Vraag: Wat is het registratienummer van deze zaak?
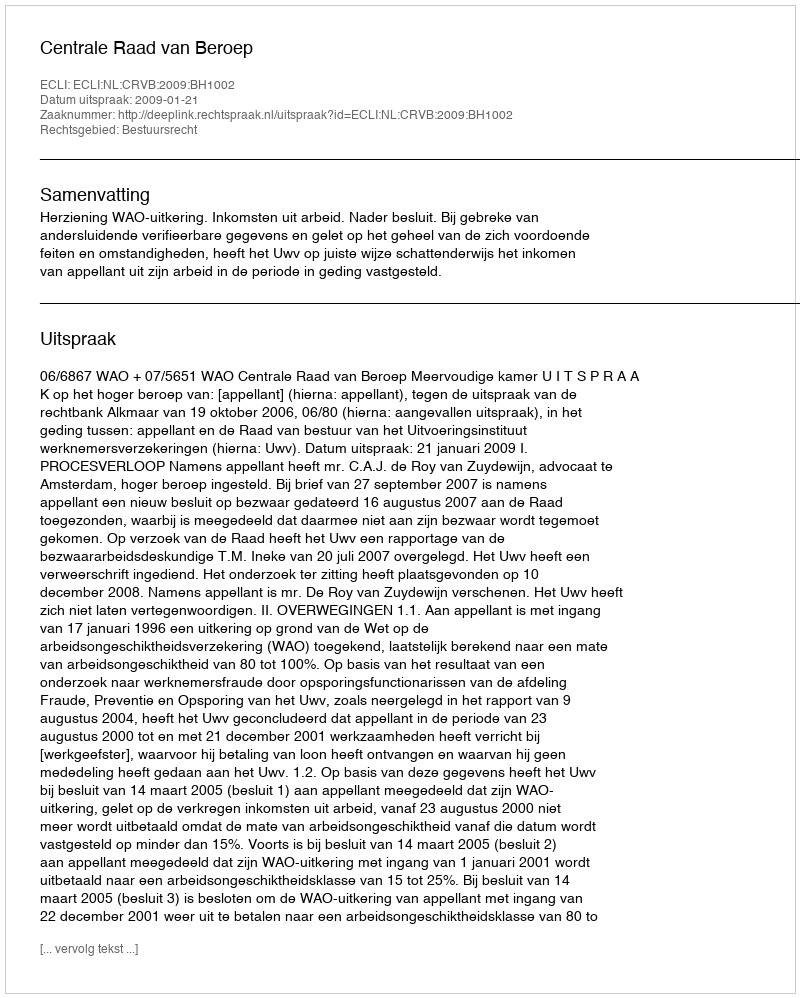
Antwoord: http://deeplink.rechtspraak.nl/uitspraak?id=ECLI:NL:CRVB:2009:BH1002